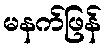
မနက်ဖြန်